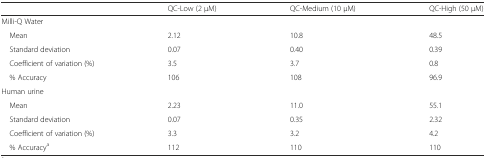
<table><thead><tr><td></td><td><b>QC-Low (2 μM)</b></td><td><b>QC-Medium (10 μM)</b></td><td><b>QC-High (50 μM)</b></td></tr></thead><tbody><tr><td>Milli-Q Water</td><td></td><td></td><td></td></tr><tr><td> Mean</td><td>2.12</td><td>10.8</td><td>48.5</td></tr><tr><td> Standard deviation</td><td>0.07</td><td>0.40</td><td>0.39</td></tr><tr><td> Coefficient of variation (%)</td><td>3.5</td><td>3.7</td><td>0.8</td></tr><tr><td> % Accuracy</td><td>106</td><td>108</td><td>96.9</td></tr><tr><td>Human urine</td><td></td><td></td><td></td></tr><tr><td> Mean</td><td>2.23</td><td>11.0</td><td>55.1</td></tr><tr><td> Standard deviation</td><td>0.07</td><td>0.35</td><td>2.32</td></tr><tr><td> Coefficient of variation (%)</td><td>3.3</td><td>3.2</td><td>4.2</td></tr><tr><td> % Accuracy<sup>a</sup></td><td>112</td><td>110</td><td>110</td></tr></tbody></table>